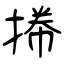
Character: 𢯭